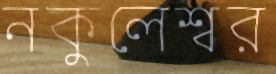
নকুলেশ্বর